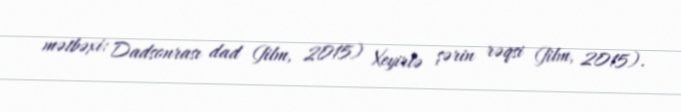
mətbəxi: Dadsonrası dad (film, 2015) Xeyirlə şərin rəqsi (film, 2015).